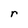
Character: r